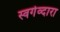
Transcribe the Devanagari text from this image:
स्वर्गव्दारा